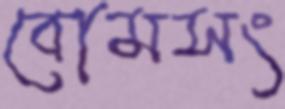
বোমসং